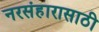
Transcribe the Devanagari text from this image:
नरसंहारासाठी